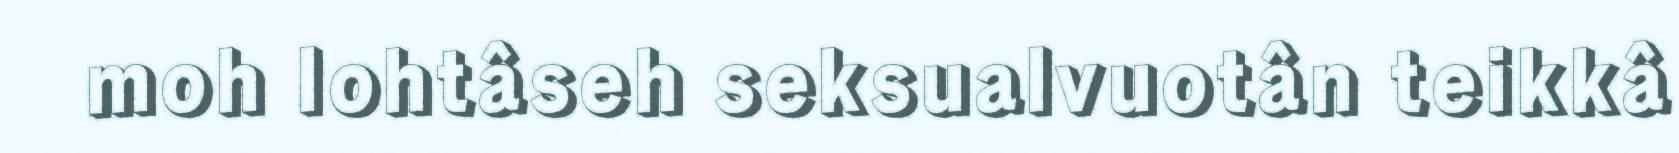
moh lohtâseh seksualvuotân teikkâ